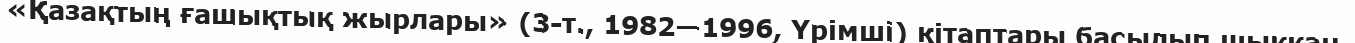
«Қазақтың ғашықтық жырлары» (3-т., 1982—1996, Үрімші) кітаптары басылып шыққан.